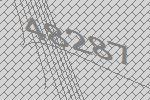
48287